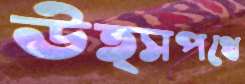
উত্সপথে